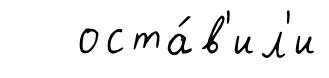
оста́в'ил'и